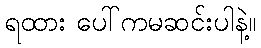
ရထား ပေါ်ကမဆင်းပါနဲ့။